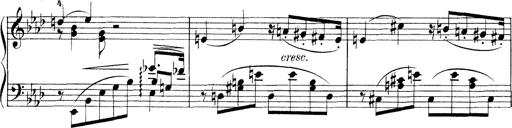
Title: 3 Ã‰tudes de concert
Composer: Franz Liszt